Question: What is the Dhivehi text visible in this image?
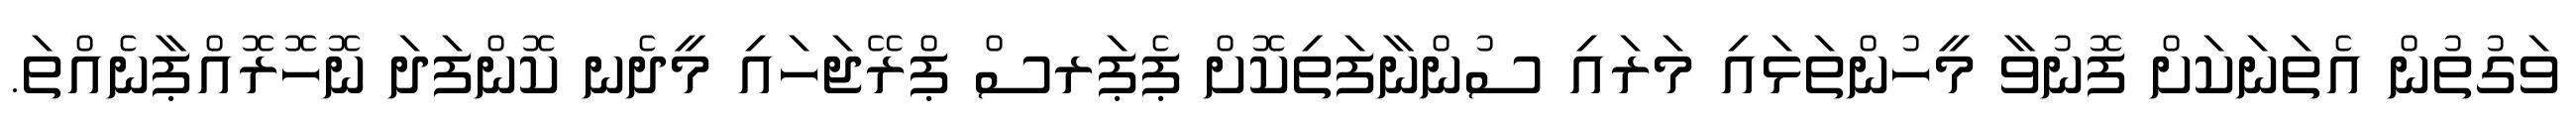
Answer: ވަގުތުން އެތަނަކަށް ފޮނުވާ މީހުންތަޅައި މަރައި ސުންނާފަތިކޮށް ޕެޕަރސް ޕްރޭޖަހައި މީދެނ ކޮންފަދަ ނޮހޮރޮއްޕާނެއްތަ.